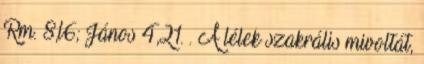
Rm. 8,l6; János 4,21. . A lélek szakrális mivoltát,